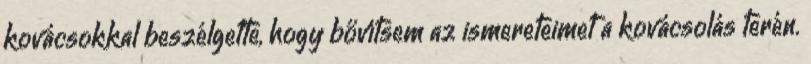
kovácsokkal beszélgette, hogy bővítsem az ismereteimet a kovácsolás terén.